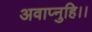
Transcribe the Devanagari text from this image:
अवाप्नुहि।।